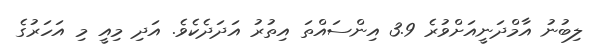
ލިބުނު އާމްދަނީއަށްވުރެ 3.9 އިންސައްތަ އިތުރު އަދަދެކެވެ. އަދި މިއީ މި އަހަރުގެ